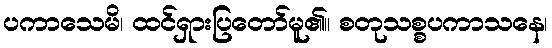
ပကာသေမိ၊ ထင်ရှားပြတော်မူ၏။ စတုသစ္စပကာသနေ၊